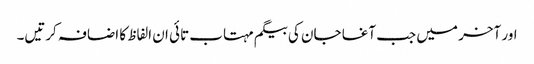
اور آخر میں جب آغا جان کی بیگم مہتاب تائی ان الفاظ کا اضافہ کرتیں۔